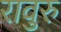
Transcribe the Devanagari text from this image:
रावुरु